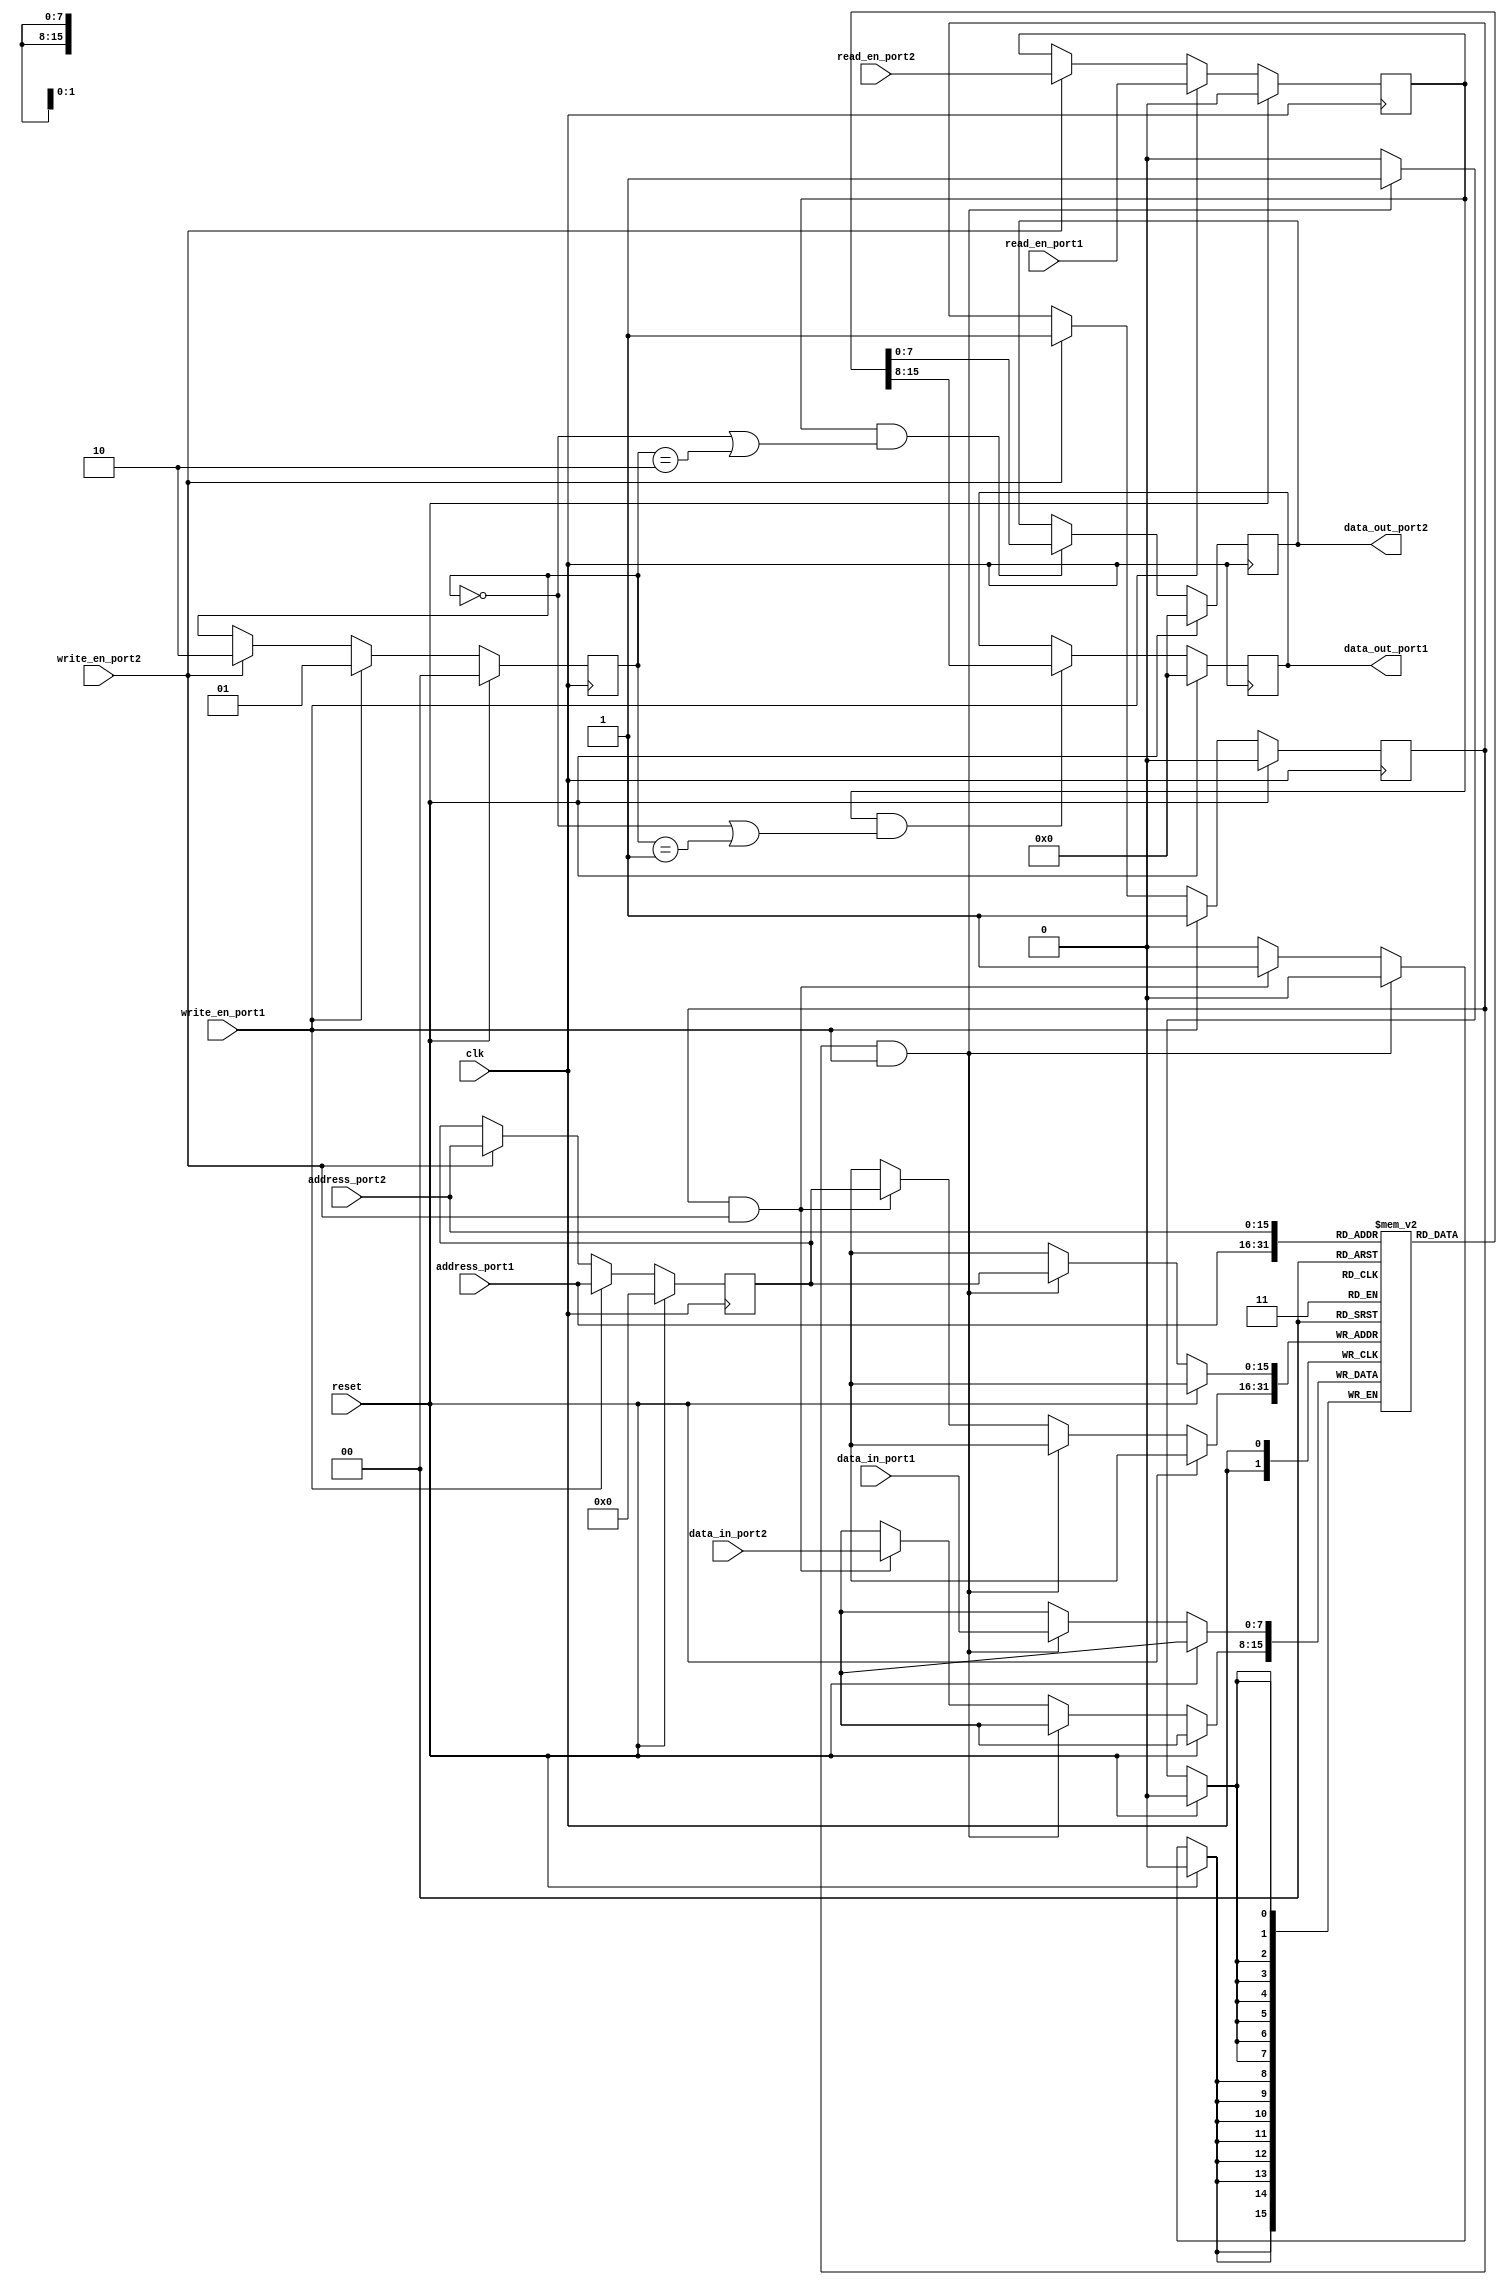
module dual_port_RAM (
    input wire clk,
    input wire reset,
    input wire [15:0] address_port1,
    input wire [15:0] address_port2,
    input wire [7:0] data_in_port1,
    input wire [7:0] data_in_port2,
    input wire write_en_port1,
    input wire write_en_port2,
    input wire read_en_port1,
    input wire read_en_port2,
    output wire [7:0] data_out_port1,
    output wire [7:0] data_out_port2
);

reg [7:0] memory [0:65535];
reg [7:0] data_out_port1_reg, data_out_port2_reg;
reg [15:0] address_reg;
reg write_en_reg, read_en_reg;
reg [1:0] arb_priority;

always @(posedge clk) begin
    if (reset) begin
        address_reg <= 0;
        write_en_reg <= 0;
        read_en_reg <= 0;
        data_out_port1_reg <= 0;
        data_out_port2_reg <= 0;
        arb_priority <= 0;
    end else begin
        if (write_en_reg && write_en_port1) begin
            memory[address_reg] <= data_in_port1;
        end else if (write_en_reg && write_en_port2) begin
            memory[address_reg] <= data_in_port2;
        end

        if (read_en_reg && (arb_priority == 0 || arb_priority == 1)) begin
            data_out_port1_reg <= memory[address_port1];
        end
        if (read_en_reg && (arb_priority == 0 || arb_priority == 2)) begin
            data_out_port2_reg <= memory[address_port2];
        end

        if (write_en_port1) begin
            address_reg <= address_port1;
            write_en_reg <= write_en_port1;
            read_en_reg <= read_en_port1;
            arb_priority <= 1;
        end else if (write_en_port2) begin
            address_reg <= address_port2;
            write_en_reg <= write_en_port2;
            read_en_reg <= read_en_port2;
            arb_priority <= 2;
        end
    end
end

assign data_out_port1 = data_out_port1_reg;
assign data_out_port2 = data_out_port2_reg;

endmodule